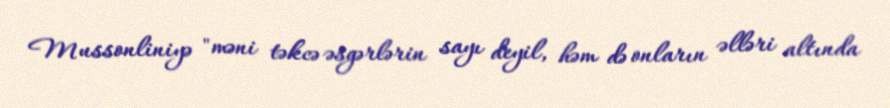
Mussonliniyə "məni təkcə əsgərlərin sayı deyil, həm də onların əlləri altında